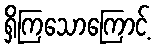
ရှိကြသောကြောင့်